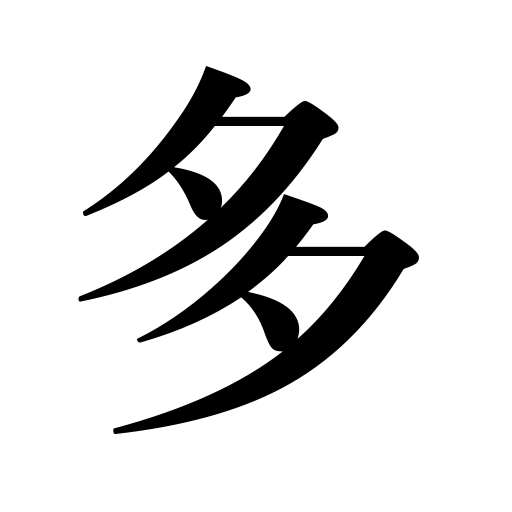
Meanings: many,copious,frequent,abundant,much